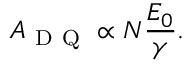
A _ { \mathrm { ~ D ~ Q ~ } } \propto N \frac { E _ { 0 } } { \gamma } .